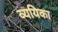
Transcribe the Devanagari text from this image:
व्ययिका